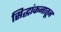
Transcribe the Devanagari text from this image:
सिद्धांकनातून